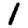
Digit: 1